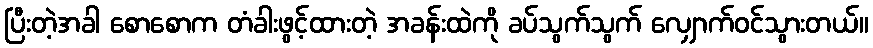
ပြီးတဲ့အခါ စောစောက တံခါးဖွင့်ထားတဲ့ အခန်းထဲကို ခပ်သွက်သွက် လျှောက်ဝင်သွားတယ်။